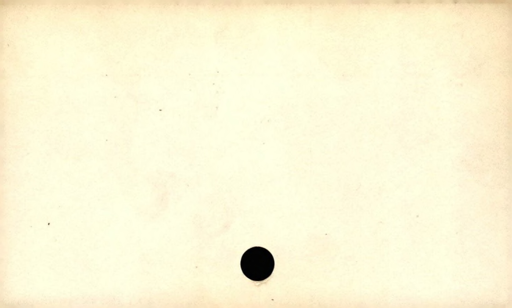
Label: blank